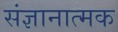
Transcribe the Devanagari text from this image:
संज्ञानात्‍मक